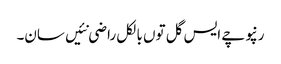
رنپوچے ایس گل توں بالکل راضی نئیں سان۔